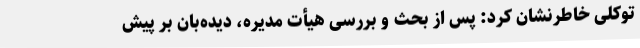
توکلی خاطرنشان کرد: پس از بحث و بررسی هیأت مدیره، دیده‌بان بر پیش